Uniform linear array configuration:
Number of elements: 16
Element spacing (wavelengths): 0.5
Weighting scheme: cosine
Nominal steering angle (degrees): -30
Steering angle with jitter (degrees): -28.65
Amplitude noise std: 0.05
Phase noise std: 0.05

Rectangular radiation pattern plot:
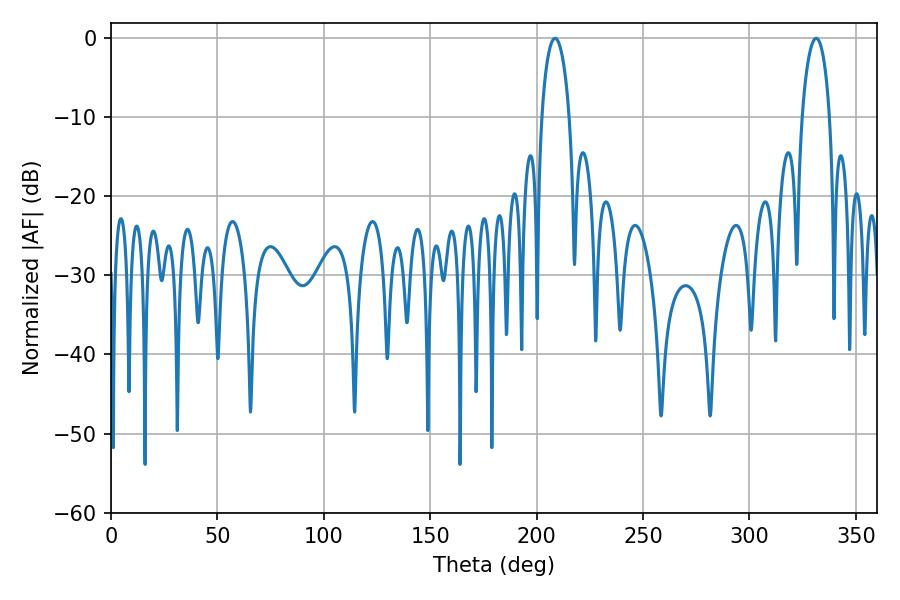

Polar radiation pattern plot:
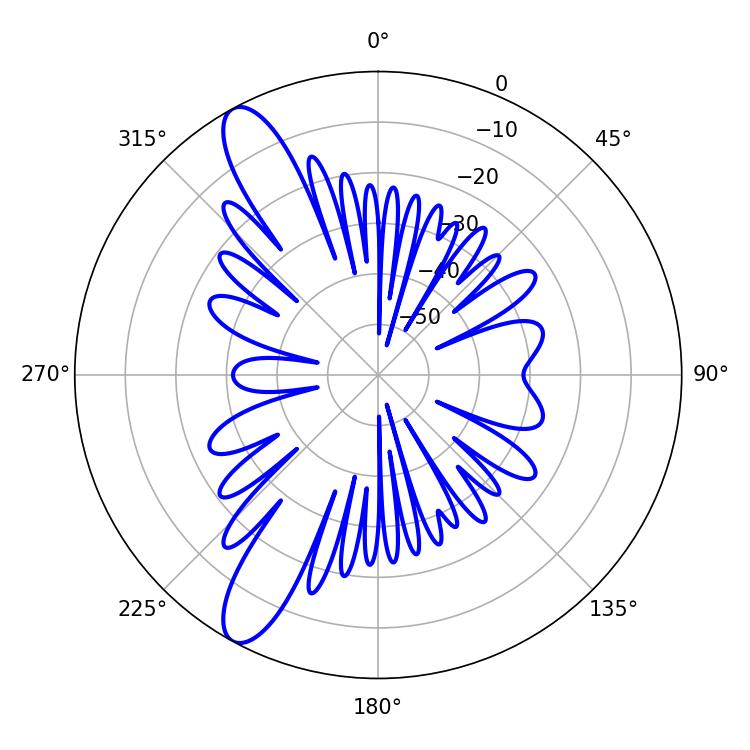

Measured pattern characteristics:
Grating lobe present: FALSE
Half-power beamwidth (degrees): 7.38
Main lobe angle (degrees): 208.62